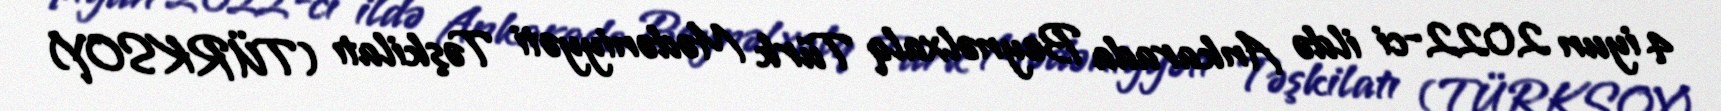
4 iyun 2022-ci ildə Ankarada Beynəlxalq Türk Mədəniyyəti Təşkilatı (TÜRKSOY)